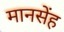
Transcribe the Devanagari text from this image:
मानसेंह